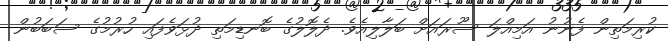
ކުރިމަތިން ފެނުނު އަމިއްލަ ސޫރައަށް ބަލާލިއެވެ. ދެލޮލުގެ ބޮނޑިމަތި ދުޅަވެފައި ހުރުމުގެ ސަބަބުން